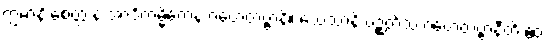
ဣမာနိ စေတ္ထ န အာဒိကမ္မိကေန ဂဟေတဗ္ဗာနိ။ သေသာနိ ပဉ္စတိံသ ဂဟေတဗ္ဗာနီတိ ဧဝံ